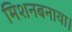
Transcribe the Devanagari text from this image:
मिशनबनाया।